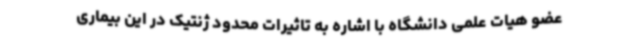
عضو هیات علمی دانشگاه با اشاره به تاثیرات محدود ژنتیک در این بیماری